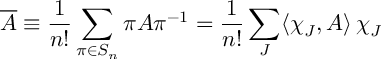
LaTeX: \overline { { A } } \equiv \frac { 1 } { n ! } \sum _ { \pi \in S _ { n } } \pi A \pi ^ { - 1 } = \frac { 1 } { n ! } \sum _ { J } \langle \chi _ { J } , A \rangle \, \chi _ { J }